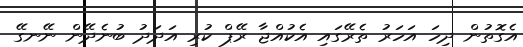
އެގޮތުން ދިހަ އަހަރު ތެރޭގައި އެކުއްޖާ ރޭޕް ކުރި އަދަދު ބުނެދޭން ނޭނގޭ